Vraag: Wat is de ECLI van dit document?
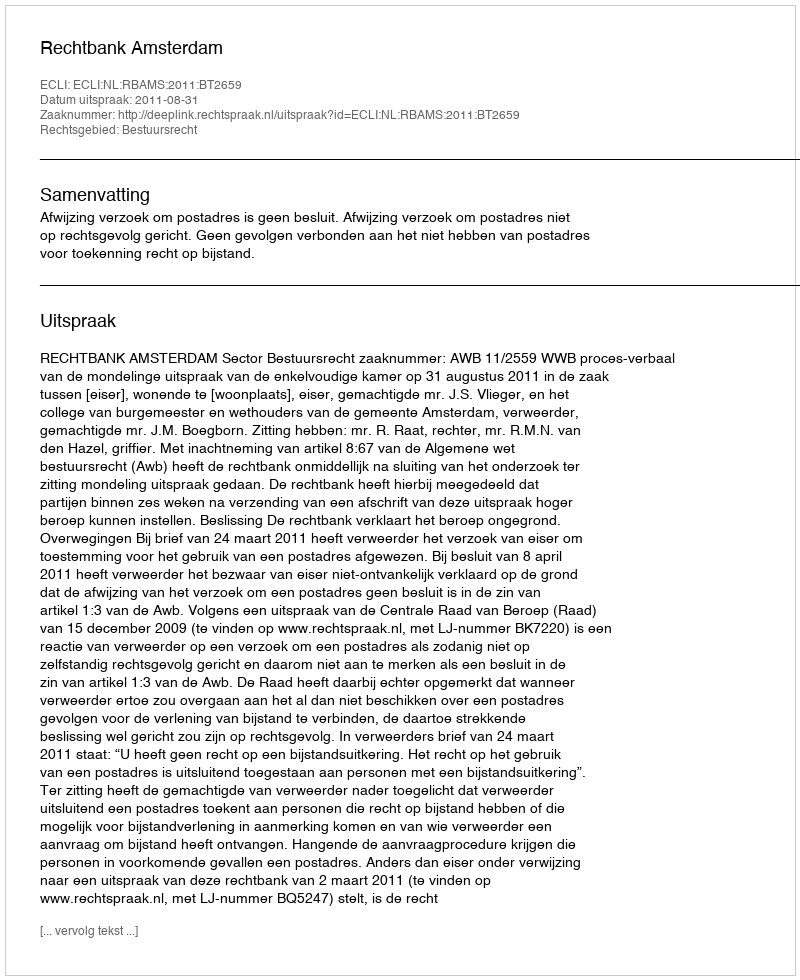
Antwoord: ECLI:NL:RBAMS:2011:BT2659